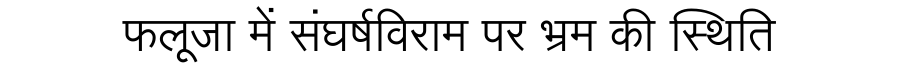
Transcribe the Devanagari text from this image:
फलूजा में संघर्षविराम पर भ्रम की स्थिति